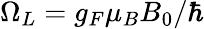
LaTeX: \Omega_{L}=g_{F}\mu_{B}B_{0}/\hbar